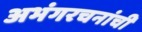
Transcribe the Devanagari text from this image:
अभंगरचनांची